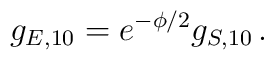
g_{E,10} = e^{-\phi/2} g_{S,10}\,.